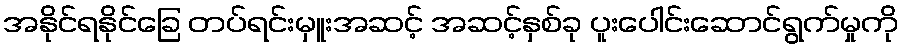
အနိုင်ရနိုင်ခြေ တပ်ရင်းမှူးအဆင့် အဆင့်နှစ်ခု ပူးပေါင်းဆောင်ရွက်မှုကို